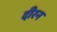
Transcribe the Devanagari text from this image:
दीरन